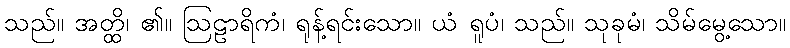
သည်။ အတ္ထိ၊ ၏။ ဩဠာရိကံ၊ ရုန့်ရင်းသော။ ယံ ရူပံ၊ သည်။ သုခုမံ၊ သိမ်မွေ့သော။